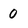
Character: 0